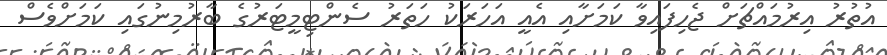
އުތުރު އިރުމައްޗަށް ޖެހިފައިވާ ކަމަށާއި އެއީ އަހަރަކު ހަތަރު ސެންޓިމީޓަރުގެ ބާރުމިނުގައި ކަމަށްވެސް